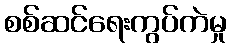
စစ်ဆင်ရေးကွပ်ကဲမှု